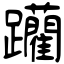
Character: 躪